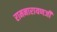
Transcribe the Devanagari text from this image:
रामनारायणजी